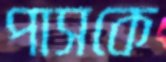
পাসকে